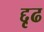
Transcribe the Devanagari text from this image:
द्दृढ